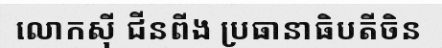
លោកស៊ី ជីនពីង ប្រធានាធិបតីចិន